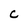
Character: C